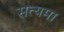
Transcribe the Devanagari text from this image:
सत्यमा